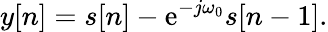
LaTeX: y[n]=s[n]-\mathrm{e}^{-j\omega_{0}}s[n-1].